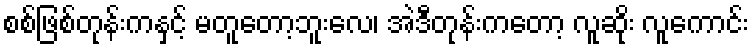
စစ်ဖြစ်တုန်းကနှင့် မတူတော့ဘူးလေ၊ အဲဒီတုန်းကတော့ လူဆိုး လူကောင်း